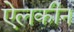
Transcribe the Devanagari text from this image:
ऐलकीन